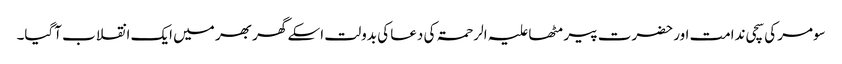
سومر کی سچی ندامت اور حضرت پیر مٹھا علیہ الرحمۃ کی دعا کی بدولت اسکے گھر بھر میں ایک انقلاب آگیا۔